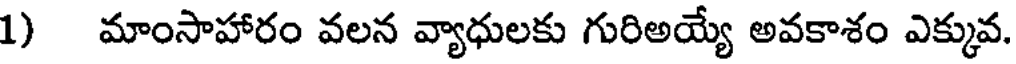
1) మాంసాహారం వలన వ్యాధులకు గురిఅయ్యే అవకాశం ఎక్కువ.